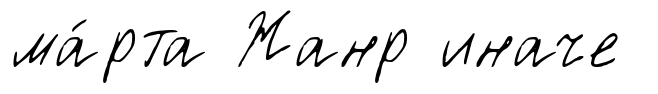
ма́рта Жанр иначе